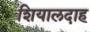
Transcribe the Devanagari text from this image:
शियालदाह